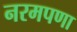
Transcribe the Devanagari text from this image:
नरमपणा